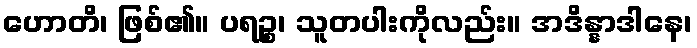
ဟောတိ၊ ဖြစ်၏။ ပရဉ္စ၊ သူတပါးကိုလည်း။ အဒိန္နာဒါနေ၊